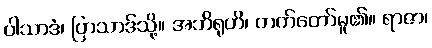
ပါသာဒံ၊ ပြာသာဒ်သို့။ အဘိရုဟိ၊ တက်တော်မူ၏။ ရာဇာ၊